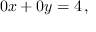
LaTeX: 0 x + 0 y = 4 \, ,